Indian Medical Review
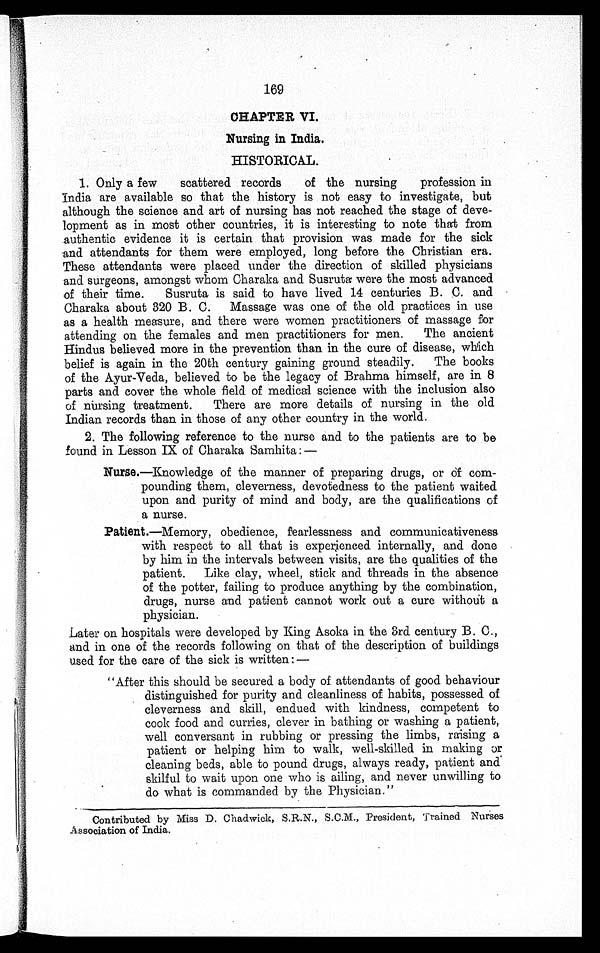
169
CHAPTER VI.
Nursing in India.
HISTORICAL.
1. Only a few scattered records of the nursing profession in
India are available so that the history is not easy to investigate, but
although the science and art of nursing has not reached the stage of deve
lopment as in most other countries, it is interesting to note that from
authentic evidence it is certain that provision was made for the sick
and attendants for them were employed, long before the Christian era.
These attendants were placed under the direction of skilled physicians
and surgeons, amongst whom Charaka and Susruta were the most advanced
of their time. Susruta is said to have lived 14 centuries B. C. and
Charaka about 320 B. C. Massage was one of the old practices in use
as a health measure, and there were women practitioners of massage for
attending on the females and men practitioners for men. The ancient
Hindus believed more in the prevention than in the cure of disease, which
belief is again in the 20th century gaining ground steadily. The books
of the Ayur-Veda, believed to be the legacy of Brahma himself, are in 8
parts and cover the whole field of medical science with the inclusion also
of nursing treatment. There are more details of nursing in the old
Indian records than in those of any other country in the world.
2.
The following reference to the nurse and to the patients are to be
found in Lesson IX of Charaka Samhita:—
Nurse.— Knowledge of the manner of preparing drugs, or of com
pounding them, cleverness, devotedness to the patient waited
upon and purity of mind and body, are the qualifications of
a nurse.
Patient.— Memory, obedience, fearlessness and communicativeness
with respect to all that is experienced internally, and done
by him in the intervals between visits, are the qualities of the
patient. Like clay, wheel, stick and threads in the absence
of the potter, failing to produce anything by the combination,
drugs, nurse and patient cannot work out a cure without a
physician.
Later on hospitals were developed by King Asoka in the 3rd century B. C.,
and in one of the records following on that of the description of buildings
used for the care of the sick is written: —
"After this should be secured a body of attendants of good behaviour
distinguished for purity and cleanliness of habits, possessed of
cleverness and skill, endued with kindness, competent to
cook food and curries, clever in bathing or washing a patient,
well conversant in rubbing or pressing the limbs, raising a
patient or helping him to walk, well-skilled in making or
cleaning beds, able to pound drugs, always ready, patient and
skilful to wait upon one who is ailing, and never unwilling to
do what is commanded by the Physician."
Contributed by Miss D. Chadwick, S.R.N., S.C.M., President, Trained Nurses
Association of India.